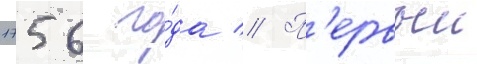
1756 го́да // П'ервыи